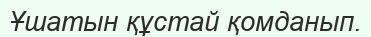
Ұшатын құстай қомданып.